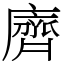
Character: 𪗆